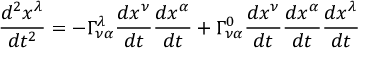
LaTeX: { \frac { d ^ { 2 } x ^ { \lambda } } { d t ^ { 2 } } } = - \Gamma _ { \nu \alpha } ^ { \lambda } { \frac { d x ^ { \nu } } { d t } } { \frac { d x ^ { \alpha } } { d t } } + \Gamma _ { \nu \alpha } ^ { 0 } { \frac { d x ^ { \nu } } { d t } } { \frac { d x ^ { \alpha } } { d t } } { \frac { d x ^ { \lambda } } { d t } }